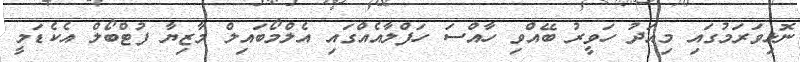
ނޮޅިވަރަމުގައި މިއަދު ހަވީރު ބޭއްވި ހާއްސަ ހަފްލާއެއްގައި އެލްމޯބައިލް މާޒިޔާ ފުޓްބޯލް އެކެޑަމީ